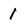
Character: 1